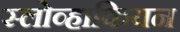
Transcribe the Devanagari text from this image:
स्लोव्हाकियन